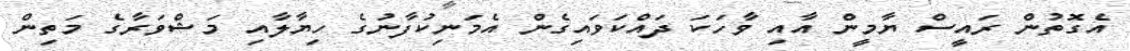
އެގޮތުން ރައީސް ޔާމީން އާއި ވާހަކަ ދައްކަވައިގެން އެމަނިކުފާނުގެ ހިޔާލާއި މަޝްވަރާގެ މަތިން